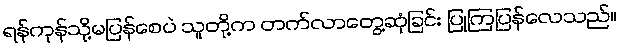
ရန်ကုန်သို့မပြန်စေပဲ သူတို့က တက်လာတွေ့ဆုံခြင်း ပြုကြပြန်လေသည်။